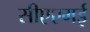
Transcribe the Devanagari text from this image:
सीएएमई